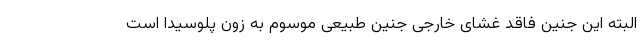
البته این جنین فاقد غشای خارجی جنین طبیعی موسوم به زون پلوسیدا است